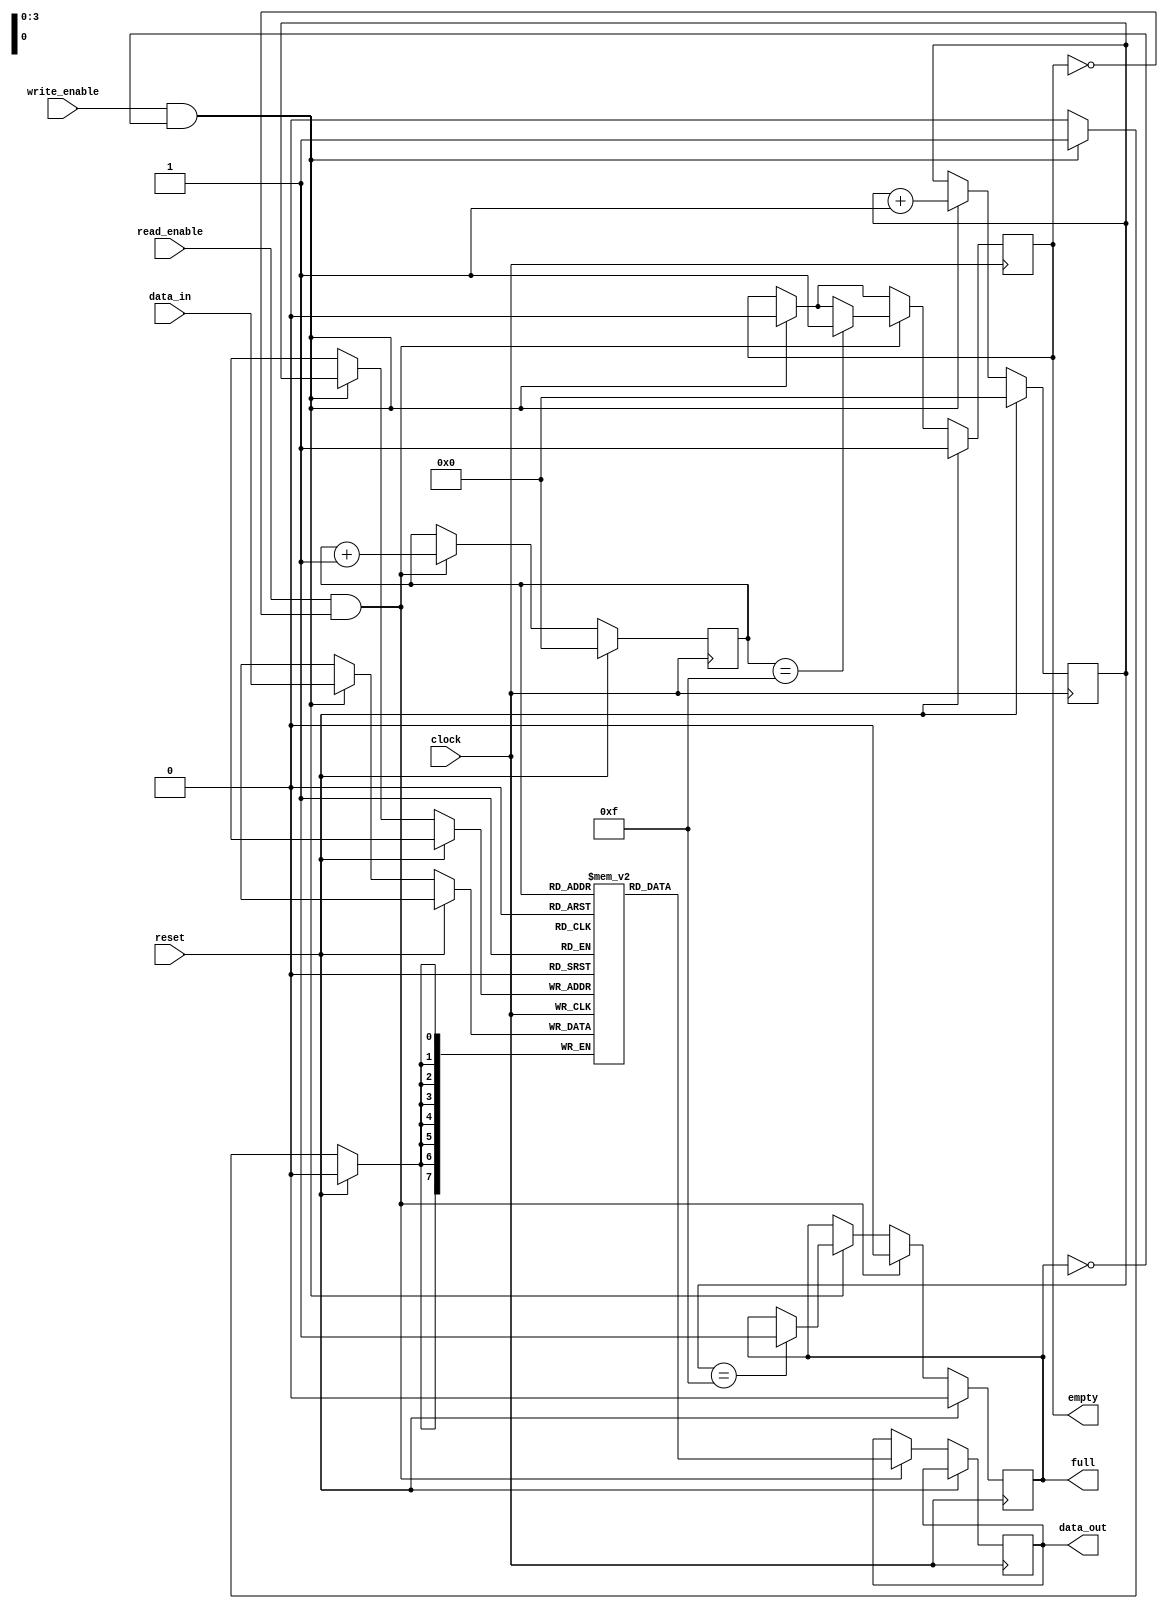
module bidirectional_fifo (
  input wire clock,
  input wire reset,
  input wire write_enable,
  input wire read_enable,
  input wire [7:0] data_in,
  output reg [7:0] data_out,
  output reg empty,
  output reg full
);

reg [7:0] memory [0:15]; // Block of memory with size 16

reg [3:0] read_ptr;
reg [3:0] write_ptr;

always @(posedge clock) begin
  if (reset) begin
    read_ptr <= 4'b0000;
    write_ptr <= 4'b0000;
    empty <= 1'b1;
    full <= 1'b0;
  end else begin
    if (write_enable && !full) begin
      memory[write_ptr] <= data_in;
      write_ptr <= write_ptr + 1;
      if (write_ptr == 4'b1111) begin
        full <= 1'b1;
      end
      empty <= 1'b0;
    end

    if (read_enable && !empty) begin
      data_out <= memory[read_ptr];
      read_ptr <= read_ptr + 1;
      if (read_ptr == 4'b1111) begin
        empty <= 1'b1;
      end
      full <= 1'b0;
    end
  end
end

endmodule